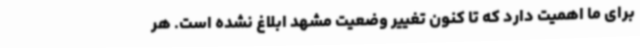
برای ما اهمیت دارد که تا کنون تغییر وضعیت مشهد ابلاغ نشده است. هر